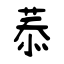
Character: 菾